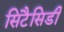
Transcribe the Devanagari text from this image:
सिटैसिडी